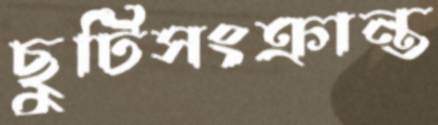
ছুটিসংক্রান্ত